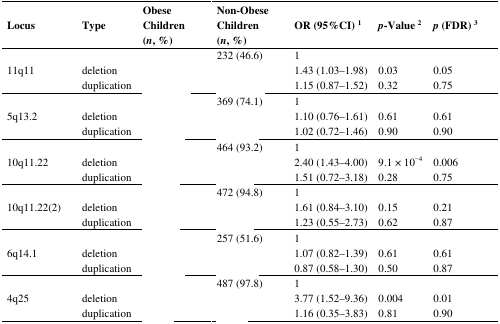
<table><thead><tr><td><b>Locus</b></td><td><b>Type</b></td><td><b>Obese Children (<i>n</i>, %)</b></td><td><b>Non-Obese Children (<i>n</i>, %)</b></td><td><b>OR (95%CI) <sup>1</sup></b></td><td><b><i>p</i>-Value <sup>2</sup></b></td><td><b><i>p</i> (FDR) <sup>3</sup></b></td></tr></thead><tbody><tr><td rowspan="3">11q11</td><td>[EMPTY_CELL]</td><td>[EMPTY_CELL]</td><td>232 (46.6)</td><td>1</td><td>[EMPTY_CELL]</td><td>[EMPTY_CELL]</td></tr><tr><td>deletion</td><td>[EMPTY_CELL]</td><td>[EMPTY_CELL]</td><td>1.43 (1.03–1.98)</td><td>0.03</td><td>0.05</td></tr><tr><td>duplication</td><td>[EMPTY_CELL]</td><td>[EMPTY_CELL]</td><td>1.15 (0.87–1.52)</td><td>0.32</td><td>0.75</td></tr><tr><td rowspan="3">5q13.2</td><td>[EMPTY_CELL]</td><td>[EMPTY_CELL]</td><td>369 (74.1)</td><td>1</td><td>[EMPTY_CELL]</td><td>[EMPTY_CELL]</td></tr><tr><td>deletion</td><td>[EMPTY_CELL]</td><td>[EMPTY_CELL]</td><td>1.10 (0.76–1.61)</td><td>0.61</td><td>0.61</td></tr><tr><td>duplication</td><td>[EMPTY_CELL]</td><td>[EMPTY_CELL]</td><td>1.02 (0.72–1.46)</td><td>0.90</td><td>0.90</td></tr><tr><td rowspan="3">10q11.22</td><td>[EMPTY_CELL]</td><td>[EMPTY_CELL]</td><td>464 (93.2)</td><td>1</td><td>[EMPTY_CELL]</td><td>[EMPTY_CELL]</td></tr><tr><td>deletion</td><td>[EMPTY_CELL]</td><td>[EMPTY_CELL]</td><td>2.40 (1.43–4.00)</td><td>9.1 × 10<sup>−4</sup></td><td>0.006</td></tr><tr><td>duplication</td><td>[EMPTY_CELL]</td><td>[EMPTY_CELL]</td><td>1.51 (0.72–3.18)</td><td>0.28</td><td>0.75</td></tr><tr><td rowspan="3">10q11.22(2)</td><td>[EMPTY_CELL]</td><td>[EMPTY_CELL]</td><td>472 (94.8)</td><td>1</td><td>[EMPTY_CELL]</td><td>[EMPTY_CELL]</td></tr><tr><td>deletion</td><td>[EMPTY_CELL]</td><td>[EMPTY_CELL]</td><td>1.61 (0.84–3.10)</td><td>0.15</td><td>0.21</td></tr><tr><td>duplication</td><td>[EMPTY_CELL]</td><td>[EMPTY_CELL]</td><td>1.23 (0.55–2.73)</td><td>0.62</td><td>0.87</td></tr><tr><td rowspan="3">6q14.1</td><td>[EMPTY_CELL]</td><td>[EMPTY_CELL]</td><td>257 (51.6)</td><td>1</td><td>[EMPTY_CELL]</td><td>[EMPTY_CELL]</td></tr><tr><td>deletion</td><td>[EMPTY_CELL]</td><td>[EMPTY_CELL]</td><td>1.07 (0.82–1.39)</td><td>0.61</td><td>0.61</td></tr><tr><td>duplication</td><td>[EMPTY_CELL]</td><td>[EMPTY_CELL]</td><td>0.87 (0.58–1.30)</td><td>0.50</td><td>0.87</td></tr><tr><td rowspan="3">4q25</td><td>[EMPTY_CELL]</td><td>[EMPTY_CELL]</td><td>487 (97.8)</td><td>1</td><td>[EMPTY_CELL]</td><td>[EMPTY_CELL]</td></tr><tr><td>deletion</td><td>[EMPTY_CELL]</td><td>[EMPTY_CELL]</td><td>3.77 (1.52–9.36)</td><td>0.004</td><td>0.01</td></tr><tr><td>duplication</td><td>[EMPTY_CELL]</td><td>[EMPTY_CELL]</td><td>1.16 (0.35–3.83)</td><td>0.81</td><td>0.90</td></tr></tbody></table>